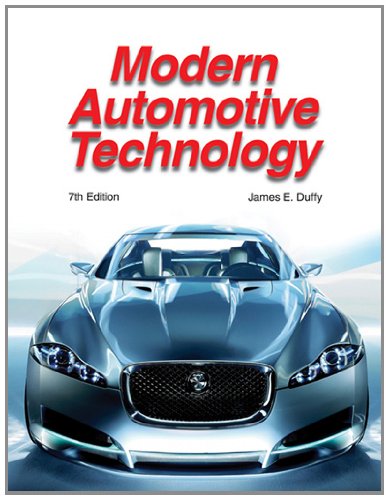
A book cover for Modern Automotive Technology; James E. Duffy; Test Preparation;